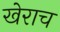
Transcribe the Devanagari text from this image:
खेराच